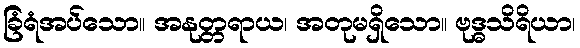
ခြံရံအပ်သော။ အနုတ္တရာယ၊ အတုမရှိသော။ ဗုဒ္ဓသိရိယာ၊